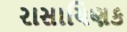
રાસાયિણક